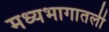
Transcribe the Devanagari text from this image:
मध्यभागातली